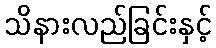
သိနားလည်ခြင်းနှင့်